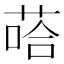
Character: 𱽶